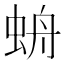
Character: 𧊓